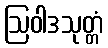
ဩဝါဒသုတ္တံ